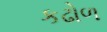
કઢોળ